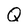
Character: Q